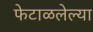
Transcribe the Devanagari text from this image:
फेटाळलेल्या